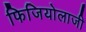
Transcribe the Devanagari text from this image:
फिजियोलाजी